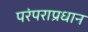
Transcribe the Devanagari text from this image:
परंपराप्रधान